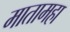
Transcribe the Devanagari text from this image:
मातामहा